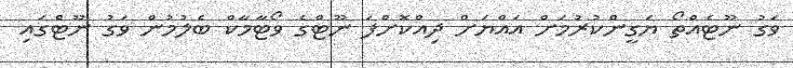
ވަގު ނޫޓެއްތޯ ޔަގީންކުރުމަށް އައްޔަށް ދިއްކޮށްފަ ނޫޓްގެ ވޯޓާމާކް ބެލުމުން ވަގު ނޫޓްގައި